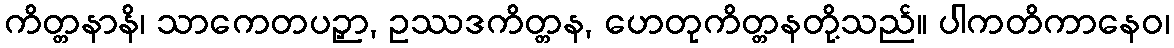
ကိတ္တနာနိ၊ သာကေတပဉှာ, ဥဿဒကိတ္တန, ဟေတုကိတ္တနတို့သည်။ ပါကတိကာနေဝ၊